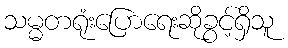
သမ္မတရုံးပြောရေးဆိုခွင့်ရှိသူ